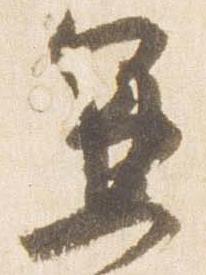
兼